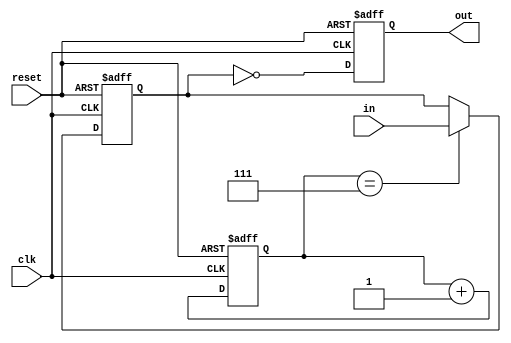
module inverter_delay (
    input wire clk,
    input wire reset,
    input wire in,
    output reg out
);

reg [2:0] delay;
reg synced_in;

always @(posedge clk or posedge reset) begin
    if (reset) begin
        delay <= 3'b000;
    end else begin
        delay <= delay + 1;
    end
end

always @(posedge clk or posedge reset) begin
    if (reset) begin
        synced_in <= 1'b0;
    end else begin
        if (delay == 3'b111) begin
            synced_in <= in;
        end
    end
end

always @(posedge clk or posedge reset) begin
    if (reset) begin
        out <= 1'b0;
    end else begin
        out <= ~synced_in;
    end
end

endmodule